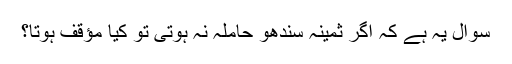
سوال یہ ہے کہ اگر ثمینہ سندھو حاملہ نہ ہوتی تو کیا مؤقف ہوتا؟